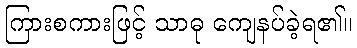
ကြားစကားဖြင့် သာဓု ကျေနပ်ခဲ့ရ၏။